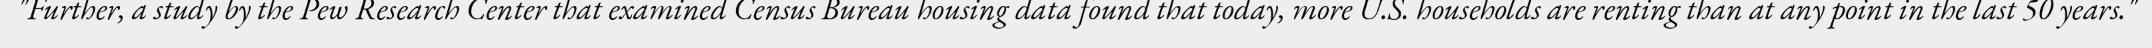
"Further, a study by the Pew Research Center that examined Census Bureau housing data found that today, more U.S. households are renting than at any point in the last 50 years."